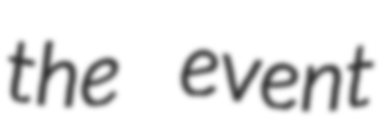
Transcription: the event